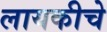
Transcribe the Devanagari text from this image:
लायकीचे